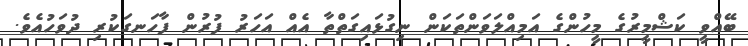
ބޭއްވީ ކަޝްމީރުގެ މީހުންގެ އަމިއްލަވަންތަކަން ނިގުޅައިގަތްތާ އެއް އަހަރު ފުރުން ފާހަނގަކުރި ދުވަހުއެވެ.